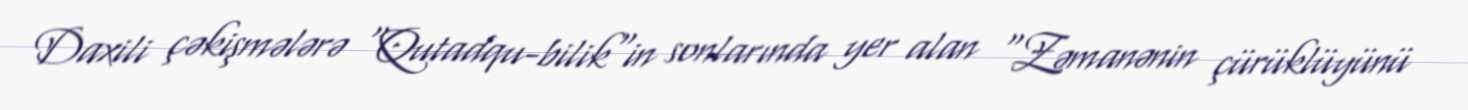
Daxili çəkişmələrə "Qutadqu-bilik"in sonlarında yer alan "Zəmanənin çürüklüyünü